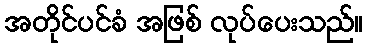
အတိုင်ပင်ခံ အဖြစ် လုပ်ပေးသည်။